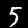
Label: 5